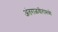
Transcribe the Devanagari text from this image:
अंतराळवीरांमध्ये